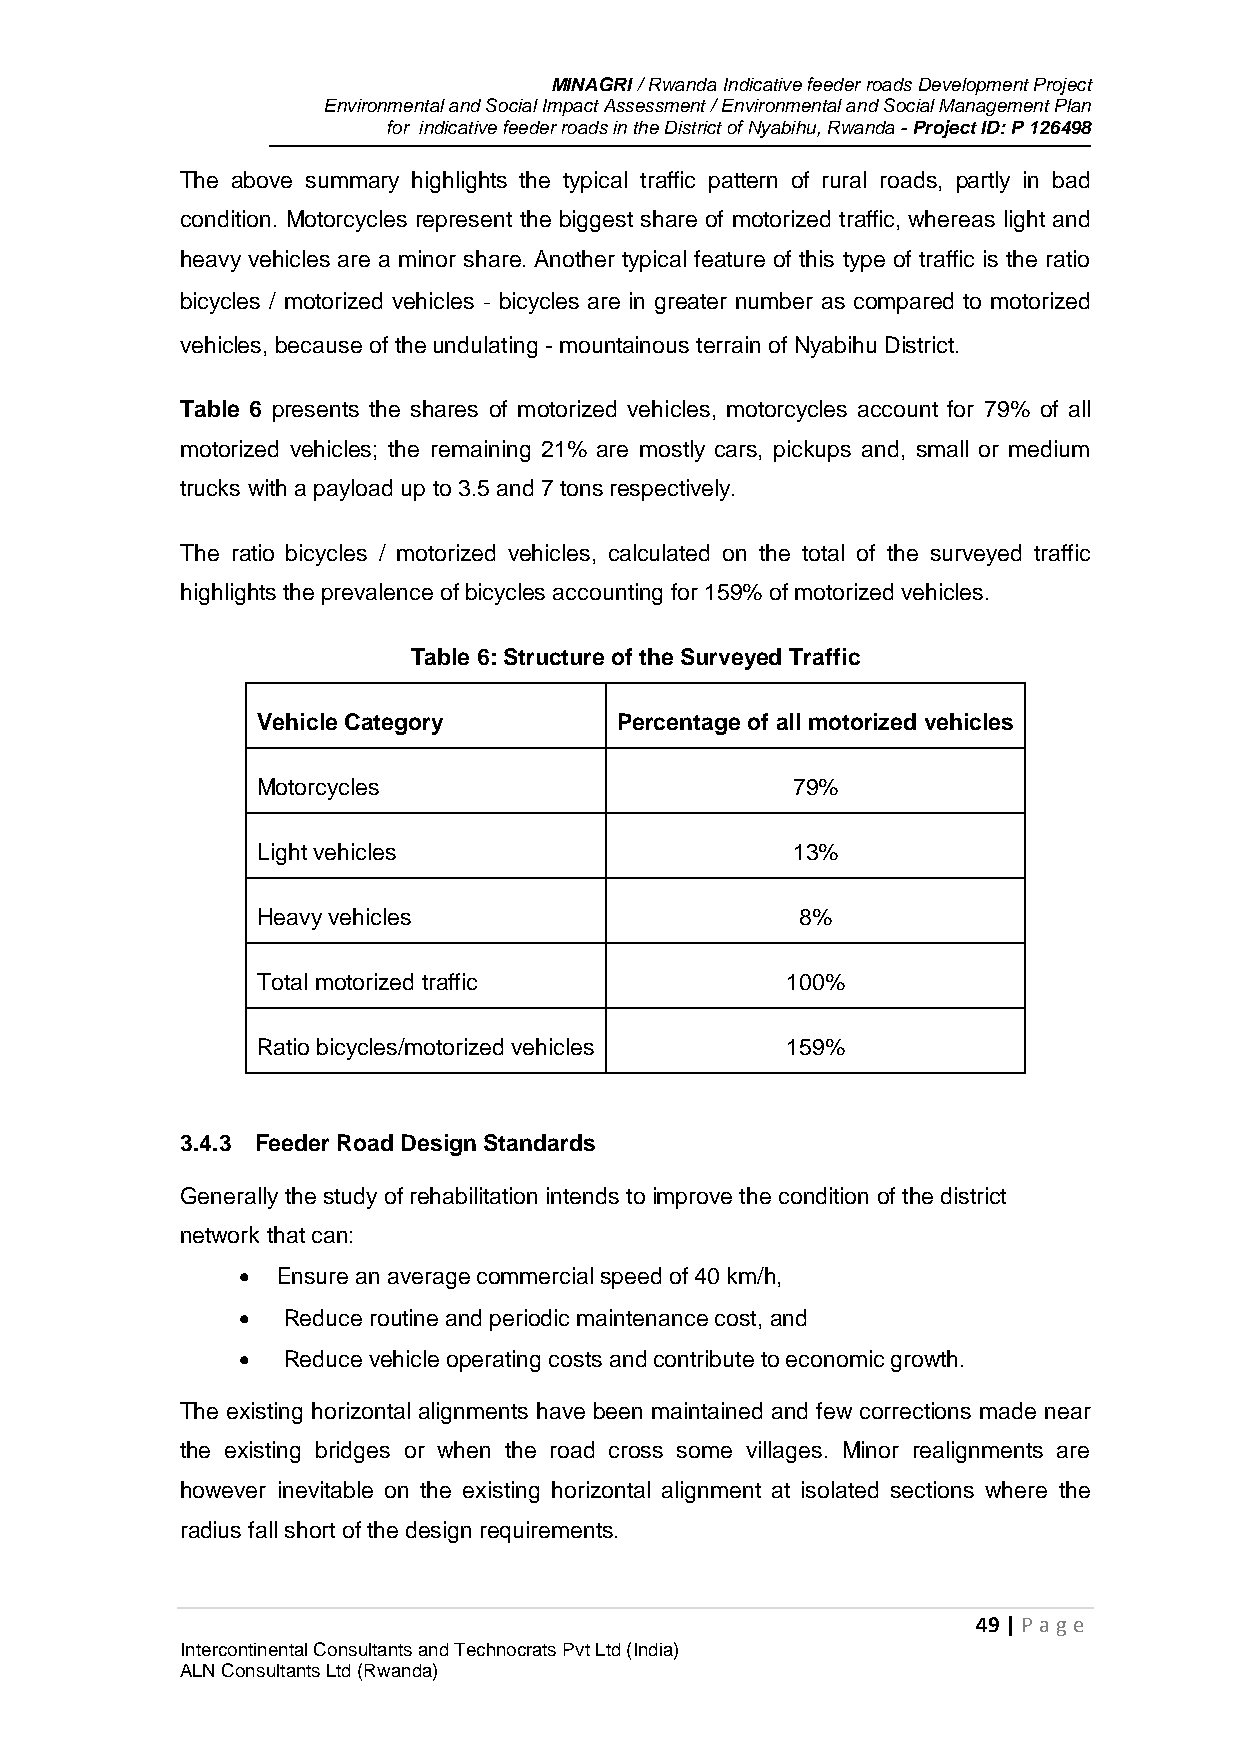
MINAGRI / Rwanda Indicative feeder roads Development Project
 Environmental and Social Impact Assessment / Environmental and Social Management Plan
 for indicative feeder roads in the District of Nyabihu, Rwanda - Project ID: P 126498
 The above summary highlights the typical traffic pattern of rural roads, partly in bad
 condition. Motorcycles represent the biggest share of motorized traffic, whereas light and
 heavy vehicles are a minor share. Another typical feature of this type of traffic is the ratio
 bicycles / motorized vehicles ‐ bicycles are in greater number as compared to motorized
 vehicles, because of the undulating - mountainous terrain of Nyabihu District.
 Table 6 presents the shares of motorized vehicles, motorcycles account for 79% of all
 motorized vehicles; the remaining 21% are mostly cars, pickups and, small or medium
 trucks with a payload up to 3.5 and 7 tons respectively.
 The ratio bicycles / motorized vehicles, calculated on the total of the surveyed traffic
 highlights the prevalence of bicycles accounting for 159% of motorized vehicles.
 Table 6: Structure of the Surveyed Traffic
 Vehicle Category        Percentage of all motorized vehicles
 Motorcycles                        79%
 Light vehicles                     13%
 Heavy vehicles                      8%
 Total motorized traffic            100%
 Ratio bicycles/motorized vehicles  159%
 3.4.3 Feeder Road Design Standards
 Generally the study of rehabilitation intends to improve the condition of the district
 network that can:
  Ensure an average commercial speed of 40 km/h,
   Reduce routine and periodic maintenance cost, and
   Reduce vehicle operating costs and contribute to economic growth.
 The existing horizontal alignments have been maintained and few corrections made near
 the existing bridges or when the road cross some villages. Minor realignments are
 however inevitable on the existing horizontal alignment at isolated sections where the
 radius fall short of the design requirements.
 49 | P age
 Intercontinental Consultants and Technocrats Pvt Ltd (India)
 ALN Consultants Ltd (Rwanda)